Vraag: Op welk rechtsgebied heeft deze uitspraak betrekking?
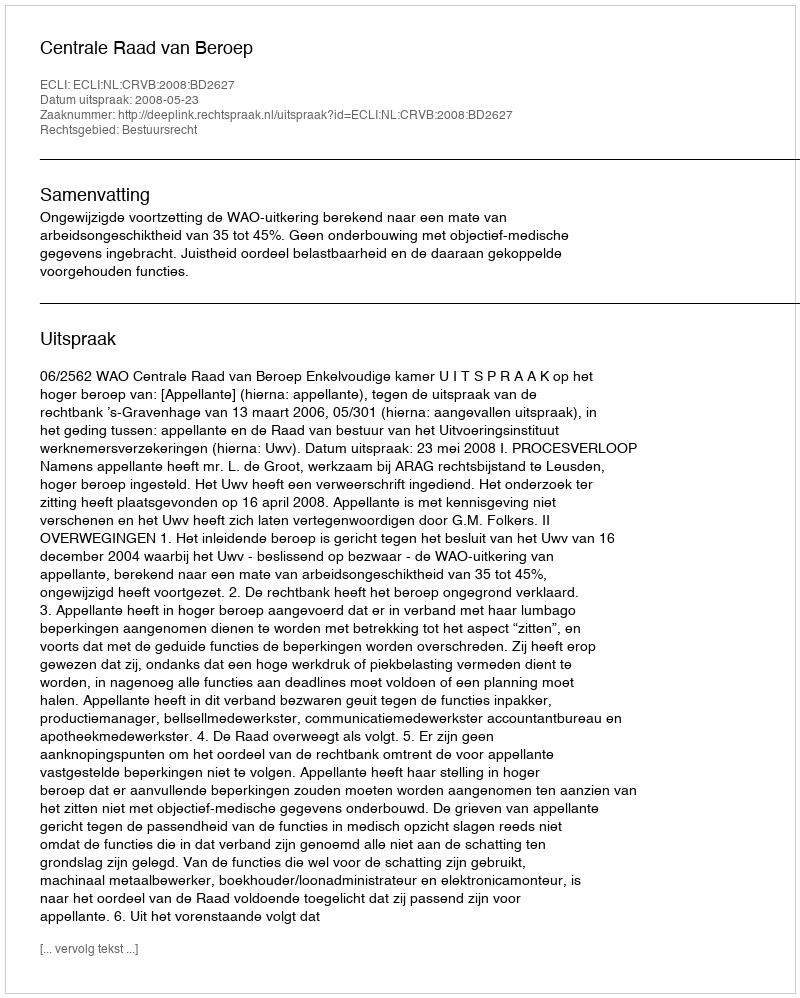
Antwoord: Bestuursrecht